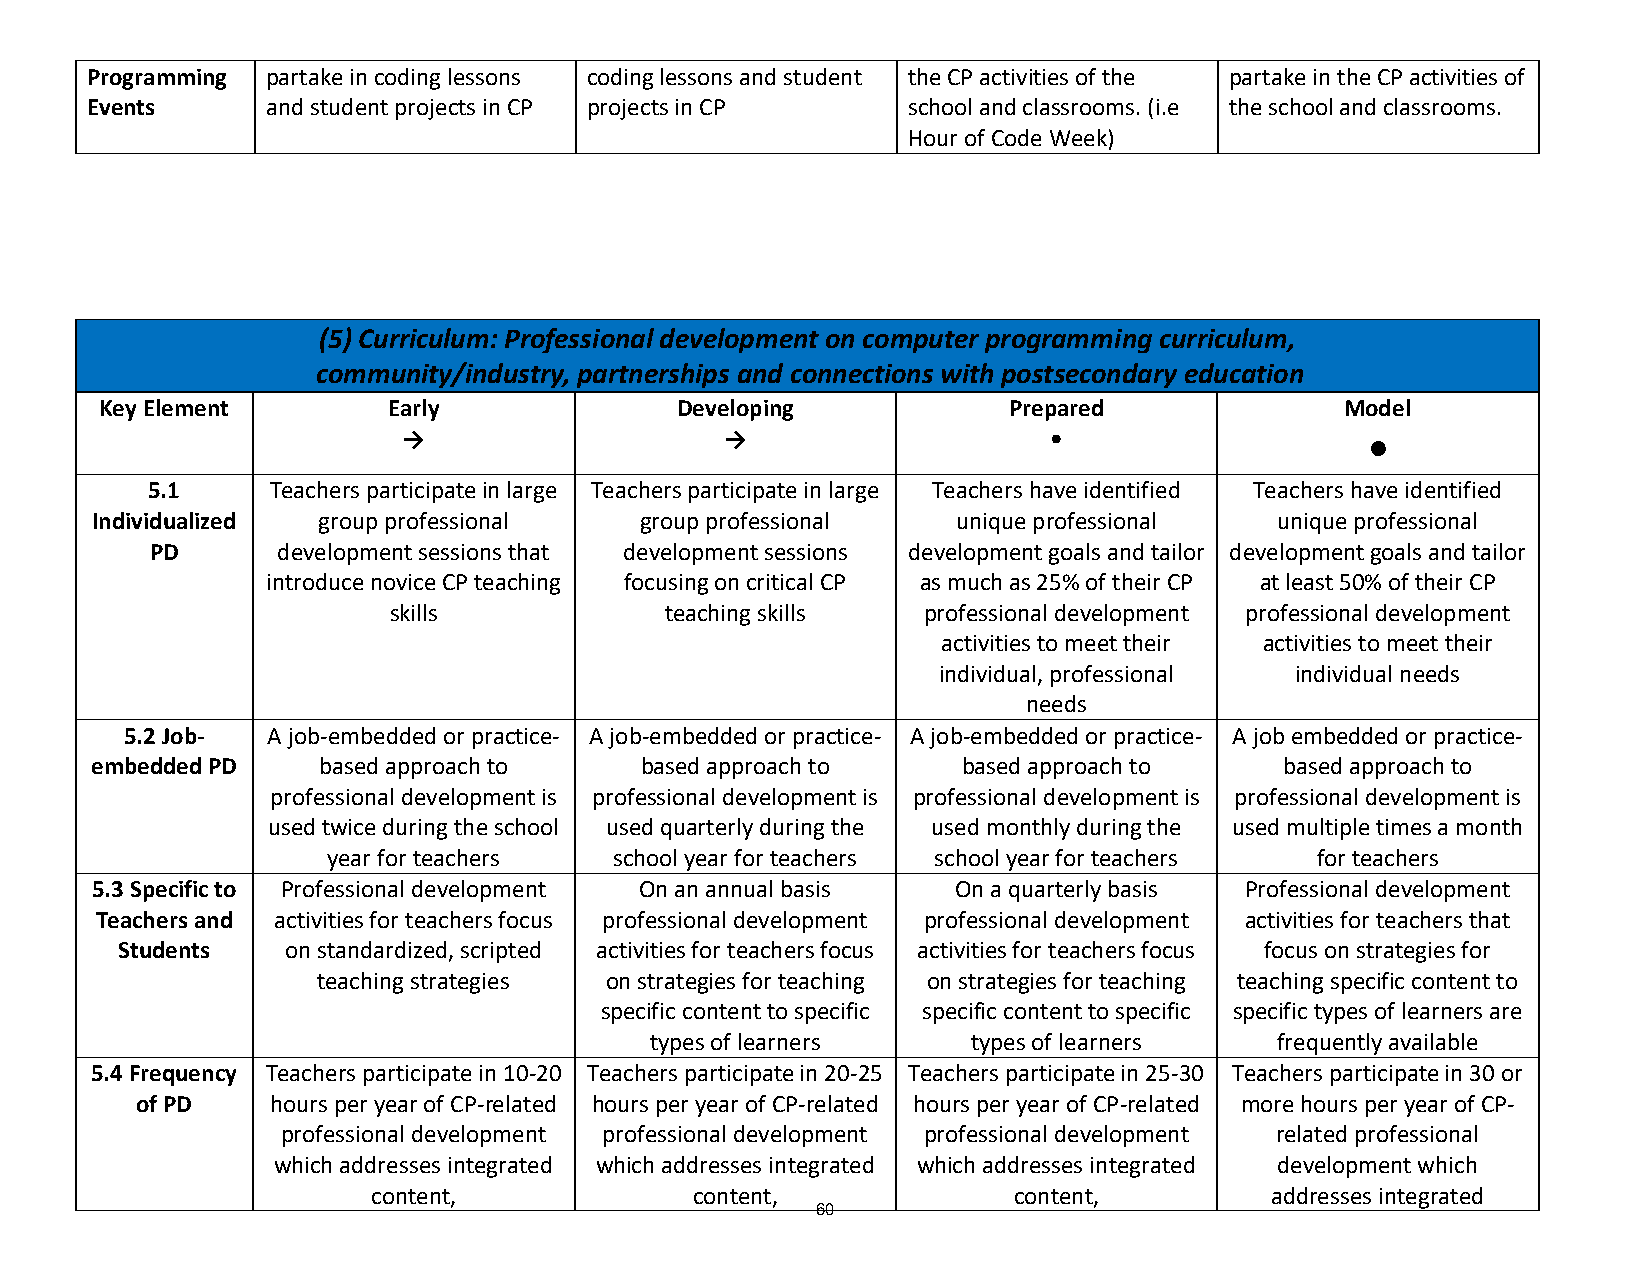
Programming partake in coding lessons coding lessons and student the CP activities of the partake in the CP activities of
 Events      and student projects in CP projects in CP school and classrooms. (i.e the school and classrooms.
 Hour of Code Week)
 (5) Curriculum: Professional development on computer programming curriculum,
 community/industry, partnerships and connections with postsecondary education
 Key Element        Early              Developing            Prepared              Model
 →                    →                    •                    •
 5.1     Teachers participate in large Teachers participate in large Teachers have identified Teachers have identified
 Individualized group professional   group professional   unique professional   unique professional
 PD      development sessions that development sessions development goals and tailor development goals and tailor
 introduce novice CP teaching focusing on critical CP as much as 25% of their CP at least 50% of their CP
 skills            teaching skills  professional development professional development
 activities to meet their activities to meet their
 individual, professional individual needs
 needs
 5.2 Job-  A job-embedded or practice- A job-embedded or practice- A job-embedded or practice- A job embedded or practice-
 embedded PD    based approach to    based approach to     based approach to    based approach to
 professional development is professional development is professional development is professional development is
 used twice during the school used quarterly during the used monthly during the used multiple times a month
 year for teachers  school year for teachers school year for teachers for teachers
 5.3 Specific to Professional development On an annual basis On a quarterly basis Professional development
 Teachers and activities for teachers focus professional development professional development activities for teachers that
 Students   on standardized, scripted activities for teachers focus activities for teachers focus focus on strategies for
 teaching strategies on strategies for teaching on strategies for teaching teaching specific content to
 specific content to specific specific content to specific specific types of learners are
 types of learners    types of learners   frequently available
 5.4 Frequency Teachers participate in 10-20 Teachers participate in 20-25 Teachers participate in 25-30 Teachers participate in 30 or
 of PD    hours per year of CP-related hours per year of CP-related hours per year of CP-related more hours per year of CP-
 professional development professional development professional development related professional
 which addresses integrated which addresses integrated which addresses integrated development which
 content,             content,             content,         addresses integrated
 60